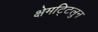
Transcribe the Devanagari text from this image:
क्षेमट्टिलुन